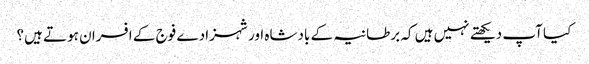
کیا آپ دیکھتے نہیں ہیں کہ برطانیہ کے بادشاہ اور شہزادے فوج کے افسران ہوتے ہیں؟